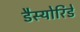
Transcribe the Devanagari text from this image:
डैस्योरिडे